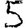
Digit: 5